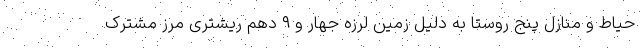
حیاط و منازل پنج روستا به دلیل زمین لرزه جهار و ۹ دهم ریشتری مرز مشترک